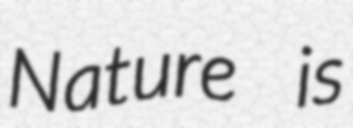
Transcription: Nature is